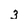
Character: 3